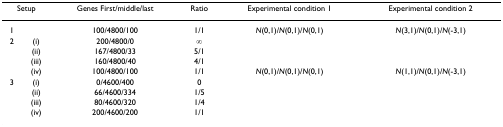
<table><thead><tr><td colspan="2"><b>Setup</b></td><td><b>Genes First/middle/last</b></td><td><b>Ratio</b></td><td><b>Experimental condition 1</b></td><td><b>Experimental condition 2</b></td></tr></thead><tbody><tr><td>1</td><td></td><td>100/4800/100</td><td>1/1</td><td><i>N</i>(0,1)/<i>N</i>(0,1)/<i>N</i>(0,1)</td><td><i>N</i>(3,1)/<i>N</i>(0,1)/<i>N</i>(-3,1)</td></tr><tr><td>2</td><td>(i)</td><td>200/4800/0</td><td>∞</td><td></td><td></td></tr><tr><td></td><td>(ii)</td><td>167/4800/33</td><td>5/1</td><td></td><td></td></tr><tr><td></td><td>(iii)</td><td>160/4800/40</td><td>4/1</td><td></td><td></td></tr><tr><td></td><td>(iv)</td><td>100/4800/100</td><td>1/1</td><td><i>N</i>(0,1)/<i>N</i>(0,1)/<i>N</i>(0,1)</td><td><i>N</i>(1,1)/<i>N</i>(0,1)/<i>N</i>(-3,1)</td></tr><tr><td>3</td><td>(i)</td><td>0/4600/400</td><td>0</td><td></td><td></td></tr><tr><td></td><td>(ii)</td><td>66/4600/334</td><td>1/5</td><td></td><td></td></tr><tr><td></td><td>(iii)</td><td>80/4600/320</td><td>1/4</td><td></td><td></td></tr><tr><td></td><td>(iv)</td><td>200/4600/200</td><td>1/1</td><td></td><td></td></tr></tbody></table>